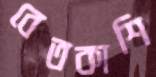
বেতকাশি